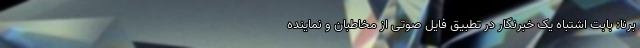
برنا: بابت اشتباه یک خبرنگار در تطبیق فایل صوتی از مخاطبان و نماینده